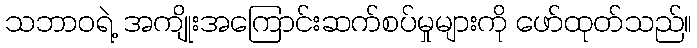
သဘာဝရဲ့ အကျိုးအကြောင်းဆက်စပ်မှုများကို ဖော်ထုတ်သည်။